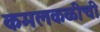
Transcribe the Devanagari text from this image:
कमलकळीची